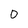
Character: 0